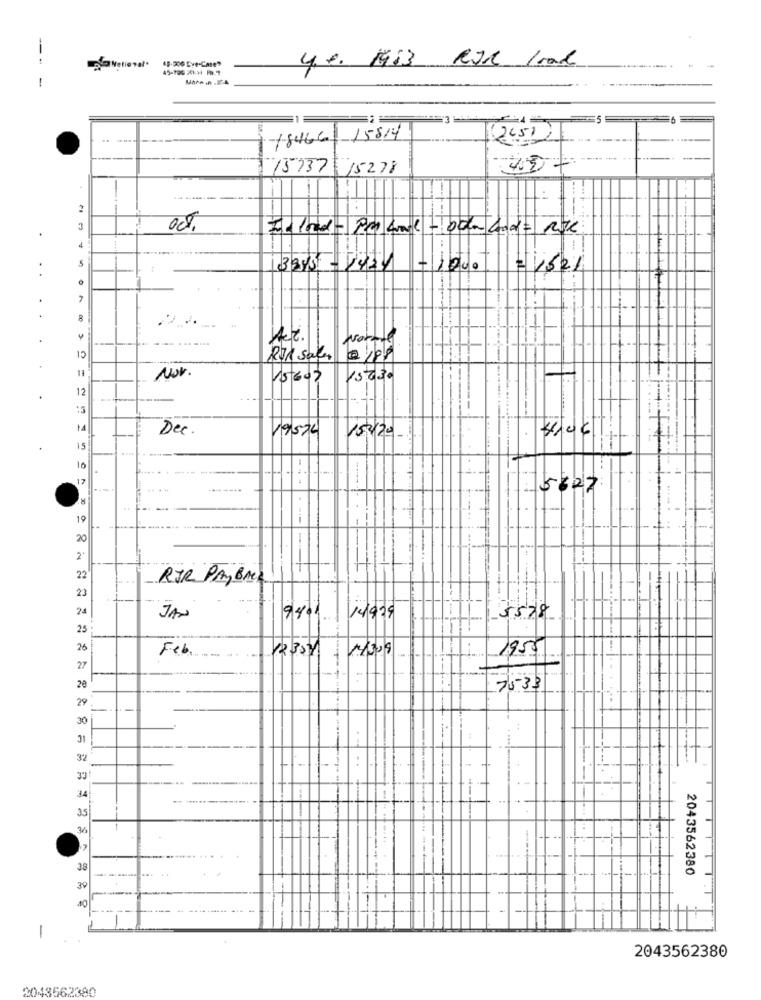
4. 0. 1953 RJR 1rad
-------
-18466 15814
(2651
15737 15278
------
3345 - 1424 - 1000 = 1521
..
. .
8
Az.
Nort
12
Rik sala @ 108
Nov.
15600
15030
12
14
Dec.
19576
152/20
4.06!
15
17
5627
.8
19
20
2.
22
RJR PAYBACK
23
24
JAN
9461
14979
-5528
25
26
Feb
12301
1309
1955
27
20
7533
29
-
30
31
32
33
--
1
34
35
....
38
2043562380
39
-
1
2043562380
2043562380